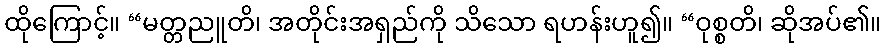
ထိုကြောင့်။ “မတ္တညူတိ၊ အတိုင်းအရှည်ကို သိသော ရဟန်းဟူ၍။ “ဝုစ္စတိ၊ ဆိုအပ်၏။